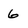
Character: 6